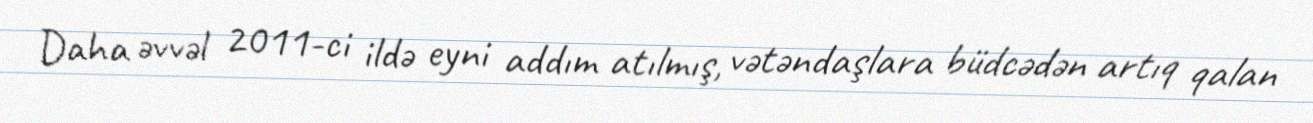
Daha əvvəl 2011-ci ildə eyni addım atılmış, vətəndaşlara büdcədən artıq qalan